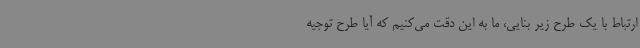
ارتباط با یک طرح زیر بنایی، ما به این دقت می‌کنیم که آیا طرح توجیه